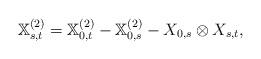
LaTeX: \begin{align*} \mathbb{X}_{s,t}^{(2)}=\mathbb{X}_{0,t}^{(2)}-\mathbb{X}_{0,s}^{(2)}-X_{0,s}\otimes X_{s,t}, \end{align*}